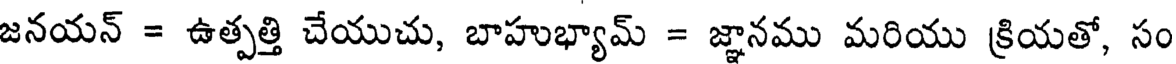
జనయన్ = ఉత్పత్తి చేయుచు, బాహుభ్యామ్ = జ్ఞానము మరియు క్రియతో, సం